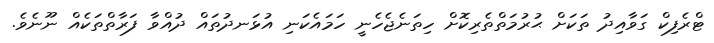
ޓްރެފިކް ގަވާއިދު ތަކަށް ޙުރުމަތްތެރިކޮށް ހިތަނެޖެހެނީ ހަމައެކަނި އުޅަނދުތައް ދުއްވާ ފަރާތްތަކެއް ނޫނެވެ.